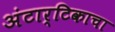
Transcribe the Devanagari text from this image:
अंटार्टिकाचा